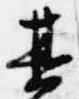
其